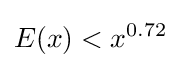
E(x)<x^{0.72}